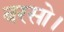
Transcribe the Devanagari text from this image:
बरसो।